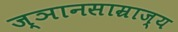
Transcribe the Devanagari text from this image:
ज्ञानसाम्राज्य